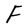
Character: F